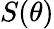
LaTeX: S(\theta)